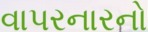
વાપરનારનો